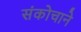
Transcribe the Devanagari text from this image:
संकोचाने